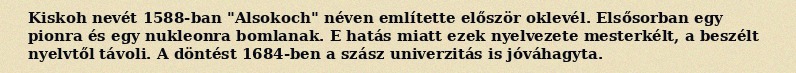
Kiskoh nevét 1588-ban "Alsokoch" néven említette először oklevél. Elsősorban egy pionra és egy nukleonra bomlanak. E hatás miatt ezek nyelvezete mesterkélt, a beszélt nyelvtől távoli. A döntést 1684-ben a szász univerzitás is jóváhagyta.